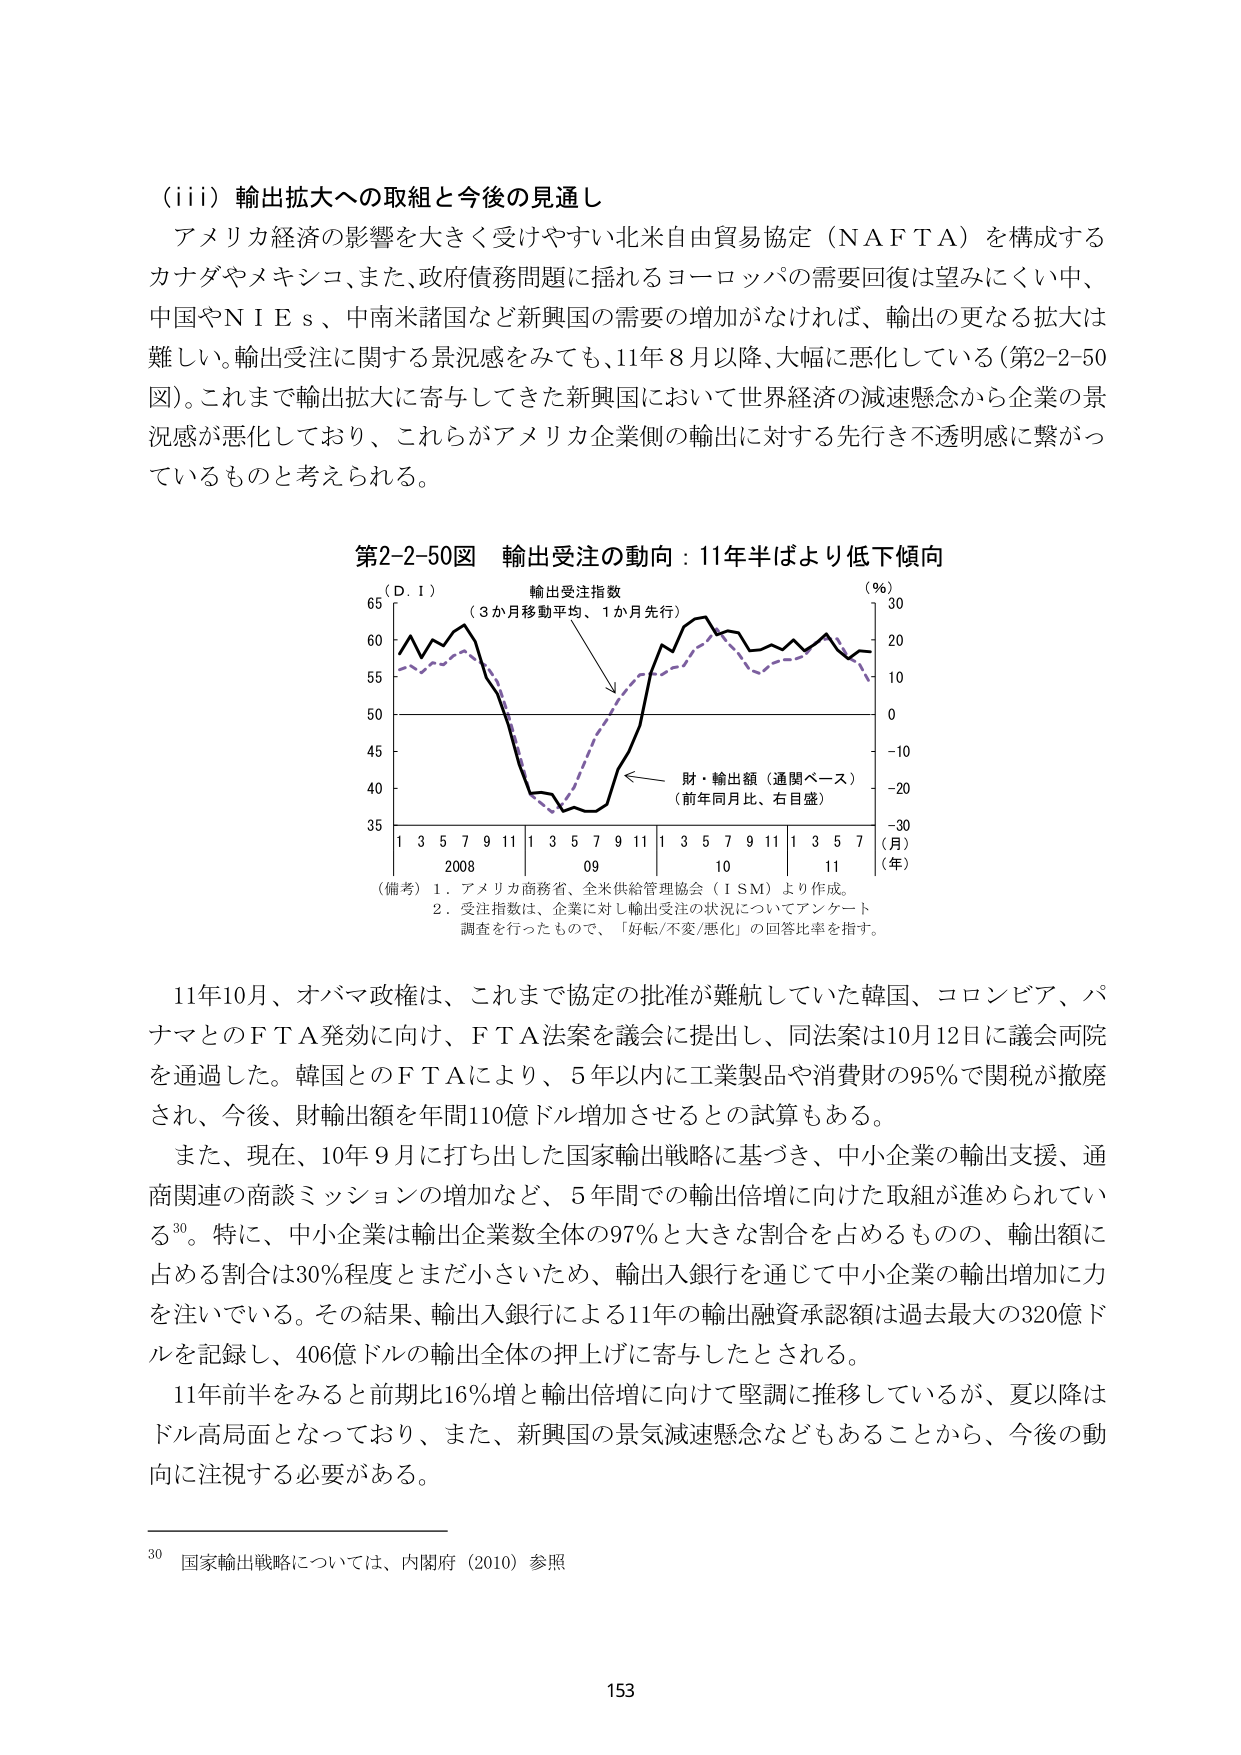
（iii）輸出拡大への取組と今後の見通し
アメリカ経済の影響を大きく受けやすい北米自由貿易協定（NAFTA）を構成するカナダやメキシコ、また、政府債務問題に揺れるヨーロッパの需要回復は望みにくい中、中国やNIEs、中南米諸国など新興国の需要の増加がなければ、輸出の更なる拡大は難しい。輸出受注に関する景況感をみても、11年8月以降、大幅に悪化している（第2-2-50図）。これまで輸出拡大に寄与してきた新興国において世界経済の減速懸念から企業の景況感が悪化しており、これらがアメリカ企業側の輸出に対する先行き不透明感に繋がっているものと考えられる。

第2-2-50図 輸出受注の動向：11年半ばより低下傾向
（D.I）
輸出受注指数
（3か月移動平均、1か月先行）
（％）
30
20
10
0
-10
-20
-30
（月）
（年）
65
60
55
50
45
40
35
1 3 5 7 9 11 1 3 5 7 9 11 1 3 5 7 9 11 1 3 5 7
2008 09 10 11
財・輸出額（通関ベース）
（前年同月比、右目盛）
（備考）1．アメリカ商務省、全米供給管理協会（ISM）より作成。
2．受注指数は、企業に対し輸出受注の状況についてアンケート調査を行ったもので、「好転/不変/悪化」の回答比率を指す。

11年10月、オバマ政権は、これまで協定の批准が難航していた韓国、コロンビア、パナマとのFTA発効に向け、FTA法案を議会に提出し、同法案は10月12日に議会両院を通過した。韓国とのFTAにより、5年以内に工業製品や消費財の95％で関税が撤廃され、今後、財輸出額を年間110億ドル増加させるとの試算もある。
また、現在、10年9月に打ち出した国家輸出戦略に基づき、中小企業の輸出支援、通商関連の商談ミッションの増加など、5年間での輸出倍増に向けた取組が進められている30。特に、中小企業は輸出企業数全体の97％と大きな割合を占めるものの、輸出額に占める割合は30％程度とまだ小さいため、輸出入銀行を通じて中小企業の輸出増加に力を注いでいる。その結果、輸出入銀行による11年の輸出融資承認額は過去最大の320億ドルを記録し、406億ドルの輸出全体の押上げに寄与したとされる。
11年前半をみると前期比16％増と輸出倍増に向けて堅調に推移しているが、夏以降はドル高局面となっており、また、新興国の景気減速懸念などもあることから、今後の動向に注視する必要がある。

30 国家輸出戦略については、内閣府（2010）参照
153